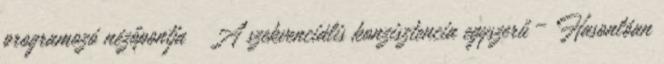
programozó nézőpontja ● A szekvenciális konzisztencia egyszerű – Hasonlóan